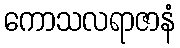
ကောသလရာဇာနံ